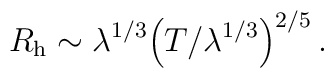
R_{\rm h} \sim \lambda^{1/3} \Bigr(T / \lambda^{1/3}\Bigl)^{2/5}\,.